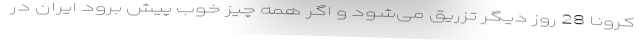
کرونا 28 روز دیگر تزریق می‌شود و اگر همه چیز خوب پیش برود ایران در